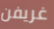
غريفن